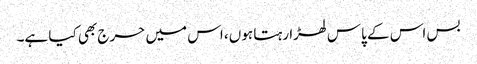
بس اس کے پاس لھڑا رہتا ہوں، اس میں حرج بھی کیا ہے۔